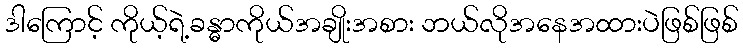
ဒါကြောင့် ကိုယ့်ရဲ့ခန္ဓာကိုယ်အချိုးအစား ဘယ်လိုအနေအထားပဲဖြစ်ဖြစ်